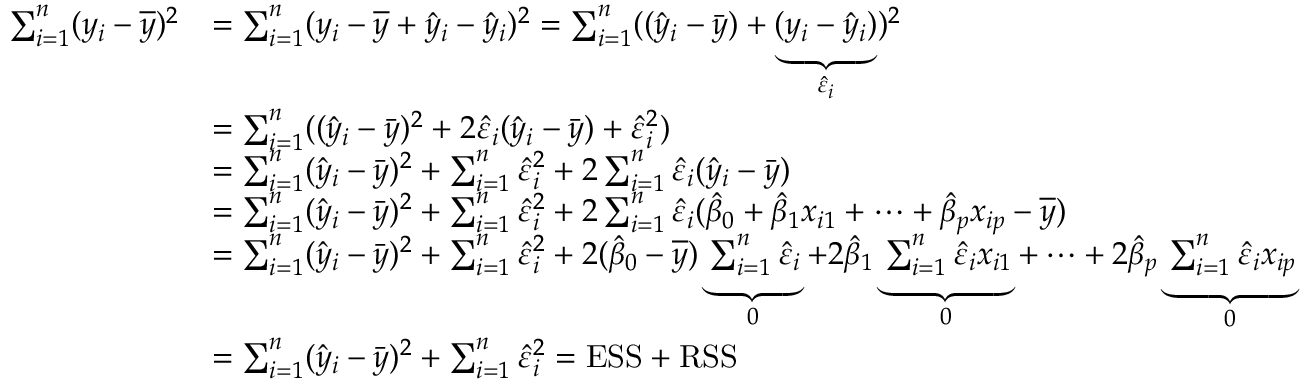
{ \begin{array} { r l } { \sum _ { i = 1 } ^ { n } ( y _ { i } - { \overline { { y } } } ) ^ { 2 } } & { = \sum _ { i = 1 } ^ { n } ( y _ { i } - { \overline { { y } } } + { \hat { y } } _ { i } - { \hat { y } } _ { i } ) ^ { 2 } = \sum _ { i = 1 } ^ { n } ( ( { \hat { y } } _ { i } - { \bar { y } } ) + \underbrace { ( y _ { i } - { \hat { y } } _ { i } ) } _ { { \hat { \varepsilon } } _ { i } } ) ^ { 2 } } \\ & { = \sum _ { i = 1 } ^ { n } ( ( { \hat { y } } _ { i } - { \bar { y } } ) ^ { 2 } + 2 { \hat { \varepsilon } } _ { i } ( { \hat { y } } _ { i } - { \bar { y } } ) + { \hat { \varepsilon } } _ { i } ^ { 2 } ) } \\ & { = \sum _ { i = 1 } ^ { n } ( { \hat { y } } _ { i } - { \bar { y } } ) ^ { 2 } + \sum _ { i = 1 } ^ { n } { \hat { \varepsilon } } _ { i } ^ { 2 } + 2 \sum _ { i = 1 } ^ { n } { \hat { \varepsilon } } _ { i } ( { \hat { y } } _ { i } - { \bar { y } } ) } \\ & { = \sum _ { i = 1 } ^ { n } ( { \hat { y } } _ { i } - { \bar { y } } ) ^ { 2 } + \sum _ { i = 1 } ^ { n } { \hat { \varepsilon } } _ { i } ^ { 2 } + 2 \sum _ { i = 1 } ^ { n } { \hat { \varepsilon } } _ { i } ( { \hat { \beta } } _ { 0 } + { \hat { \beta } } _ { 1 } x _ { i 1 } + \cdots + { \hat { \beta } } _ { p } x _ { i p } - { \overline { { y } } } ) } \\ & { = \sum _ { i = 1 } ^ { n } ( { \hat { y } } _ { i } - { \bar { y } } ) ^ { 2 } + \sum _ { i = 1 } ^ { n } { \hat { \varepsilon } } _ { i } ^ { 2 } + 2 ( { \hat { \beta } } _ { 0 } - { \overline { { y } } } ) \underbrace { \sum _ { i = 1 } ^ { n } { \hat { \varepsilon } } _ { i } } _ { 0 } + 2 { \hat { \beta } } _ { 1 } \underbrace { \sum _ { i = 1 } ^ { n } { \hat { \varepsilon } } _ { i } x _ { i 1 } } _ { 0 } + \cdots + 2 { \hat { \beta } } _ { p } \underbrace { \sum _ { i = 1 } ^ { n } { \hat { \varepsilon } } _ { i } x _ { i p } } _ { 0 } } \\ & { = \sum _ { i = 1 } ^ { n } ( { \hat { y } } _ { i } - { \bar { y } } ) ^ { 2 } + \sum _ { i = 1 } ^ { n } { \hat { \varepsilon } } _ { i } ^ { 2 } = \mathrm { E S S } + \mathrm { R S S } } \end{array} }